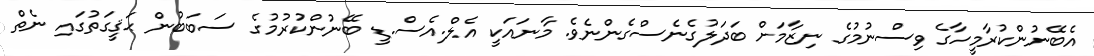
އެބޭނުންކުރާމީހާގެ ވިސްނުމުގެ ނިޒާމަށް ބަދަލުގެނެސްގެންނެވެ. މާނައަކީ އެލް.އެސް.ޑީ ބޭނުންކުރުމުގެ ސަބަބުން ޙަޤީގަތުގައި ނެތް